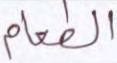
الطعام